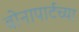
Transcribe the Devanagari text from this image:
बोनापार्टच्या